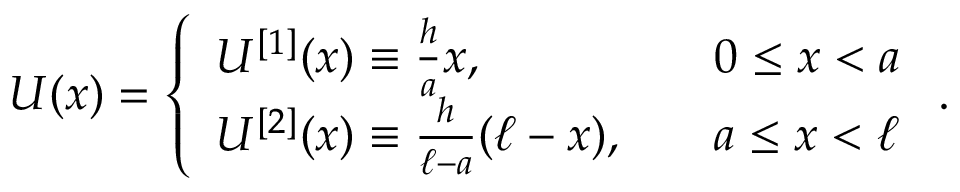
U ( x ) = \left\{ \begin{array} { l l } { U ^ { [ 1 ] } ( x ) \equiv \frac { h } { a } x , } & { \quad 0 \leq x < a } \\ { U ^ { [ 2 ] } ( x ) \equiv \frac { h } { \ell - a } ( \ell - x ) , } & { \quad a \leq x < \ell } \end{array} \right. .